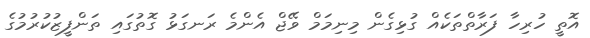
އޮތީ ހުރިހާ ފަރާތްތަކެއް ގުޅިގެން މިނިމަމް ވޭޖް އެންމެ ރަނގަޅު ގޮތުގައި ތަންފީޒުކުރުމުގެ